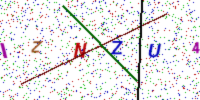
Text: IZNZU45